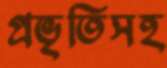
প্রভৃতিসহ